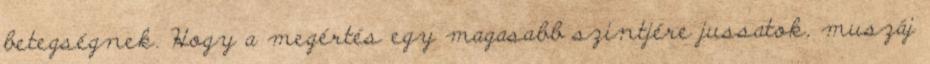
betegségnek. Hogy a megértés egy magasabb szintjére jussatok, muszáj